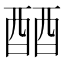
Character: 𬪪